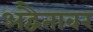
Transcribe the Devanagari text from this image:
अद्वैतावर